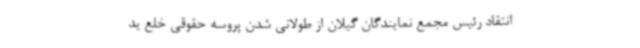
انتقاد رئیس مجمع نمایندگان گیلان از طولانی شدن پروسه حقوقی خلع ید